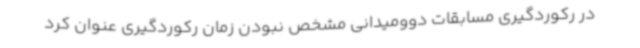
در رکوردگیری مسابقات دوومیدانی مشخص نبودن زمان رکوردگیری عنوان کرد